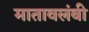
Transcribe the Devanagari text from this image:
मातावलंबी